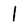
Character: 1